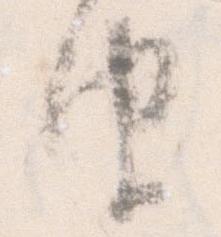
由